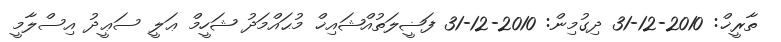
ތާރީޚް: 2010-12-31 ދިގުމިން: 2010-12-31 ފަޟީލަތުއްޝައިޚް މުޙައްމަދު ޝަހީމް ޢަލީ ސަޢީދު އިސްލާމީ